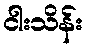
ငါးသိန်း